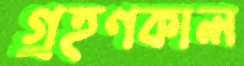
গ্রহণকাল